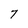
Character: 7